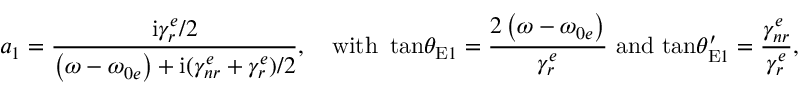
a _ { 1 } = \frac { \mathrm { i } \gamma _ { r } ^ { e } / 2 } { \left( \omega - \omega _ { 0 e } \right) + \mathrm { i } ( \gamma _ { n r } ^ { e } + \gamma _ { r } ^ { e } ) / 2 } , \quad \mathrm { w i t h } \, \, \, \mathrm { t a n } \theta _ { \mathrm { E } 1 } = \frac { 2 \left( \omega - \omega _ { 0 e } \right) } { \gamma _ { r } ^ { e } } \, \, \mathrm { a n d } \, \, \mathrm { t a n } \theta _ { \mathrm { E } 1 } ^ { \prime } = \frac { \gamma _ { n r } ^ { e } } { \gamma _ { r } ^ { e } } ,